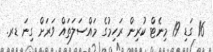
16 ގަޑި 19 މިނެޓް ކުރިން ރަހިމުގެ މައްސަލަތައް ވަރަށް ގިނަ ޑރ.